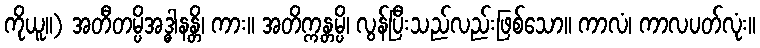
ကိုယူ။) အတီတမ္ပိအဒ္ဓါနန္တိ၊ ကား။ အတိက္ကန္တမ္ပိ၊ လွန်ပြီးသည်လည်းဖြစ်သော။ ကာလံ၊ ကာလပတ်လုံး။